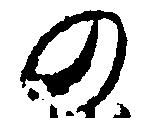
の